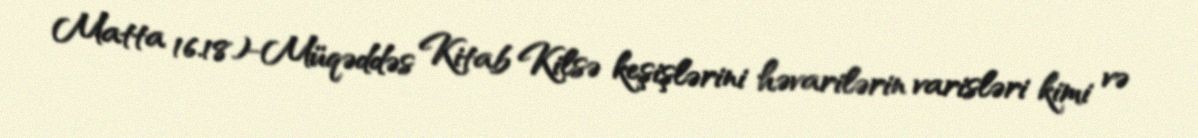
Matta 16.18)-Müqəddəs Kitab Kilsə keşişlərini həvarilərin varisləri kimi və